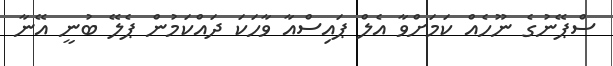
ސްޕޭނުގެ ނޫހެއް ކަމަށްވާ އެލް ޕައިސްއާ ވާހަކަ ދައްކަމުން ޕެލޭ ބުނީ އޭނާ